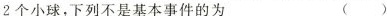
2个小球，下列不是基本事件的为 ( )